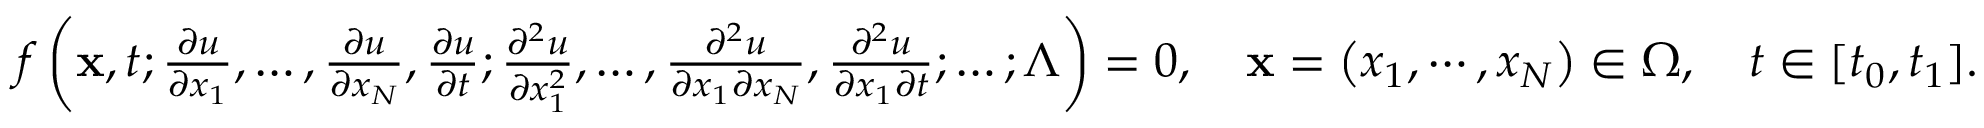
\begin{array} { r } { f \left( \mathbf { x } , t ; \frac { \partial u } { \partial x _ { 1 } } , \ldots , \frac { \partial u } { \partial x _ { N } } , \frac { \partial u } { \partial t } ; \frac { \partial ^ { 2 } u } { \partial x _ { 1 } ^ { 2 } } , \ldots , \frac { \partial ^ { 2 } u } { \partial x _ { 1 } \partial x _ { N } } , \frac { \partial ^ { 2 } u } { \partial x _ { 1 } \partial t } ; \ldots ; \boldsymbol { \Lambda } \right) = 0 , \quad \mathbf { x } = \left( x _ { 1 } , \cdots , x _ { N } \right) \in \Omega , \quad t \in [ t _ { 0 } , t _ { 1 } ] . } \end{array}